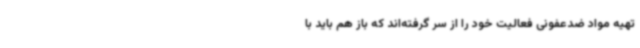
تهیه مواد ضدعفونی فعالیت خود را از سر گرفته‌اند که باز هم باید با